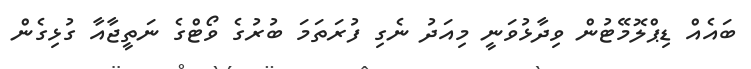
ބައެއް ޑިޕްލޮމޭޓުން ވިދާޅުވަނީ މިއަދު ނެގި ފުރަތަމަ ބުރުގެ ވޯޓްގެ ނަތީޖާއާ ގުޅިގެން